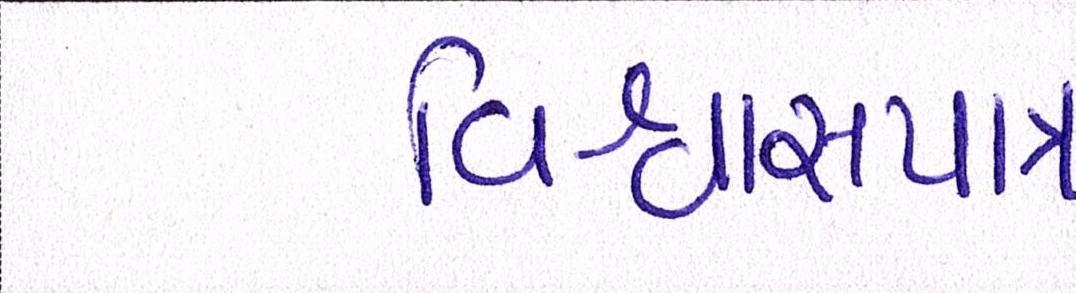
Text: વિશ્વાસપાત્ર